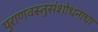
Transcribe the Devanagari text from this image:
पुराणवस्तुसंशोधनाचा